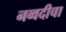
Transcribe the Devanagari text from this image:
नव्वदीचा